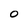
Character: O